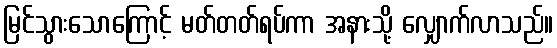
မြင်သွားသောကြောင့် မတ်တတ်ရပ်ကာ အနားသို့ လျှောက်လာသည်။